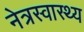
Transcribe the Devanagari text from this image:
नेत्रस्वास्थ्य